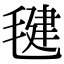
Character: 毽